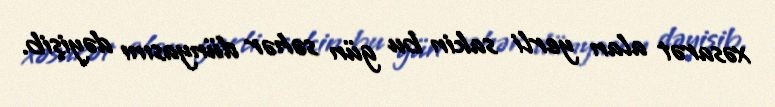
xəsarət alan yerli sakin bu gün səhər dünyasını dəyişib.